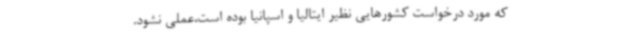
که مورد درخواست کشورهایی نظیر ایتالیا و اسپانیا بوده است،عملی نشود.